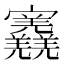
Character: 𡬎